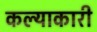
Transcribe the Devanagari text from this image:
कल्याकारी